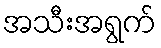
အသီးအရွက်